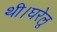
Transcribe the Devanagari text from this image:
थी।घरेलू